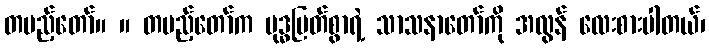
တပည့်တော်။ ။ တပည့်တော်က ဗုဒ္ဓမြတ်စွာရဲ့ သာသနာတော်ကို အလွန် လေးစားပါတယ်၊